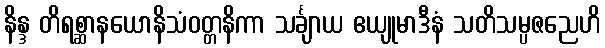
နိန္ဒ တိရစ္ဆာနယောနိသံဝတ္တနိကာ သင်္ချာယ ဧယျုမာဒီနံ သတိသမ္ပဇညေဟိ